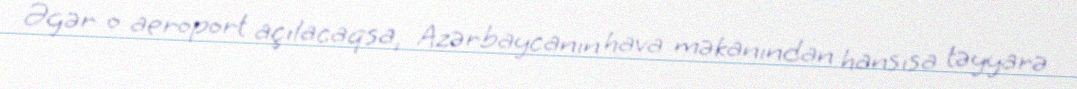
Əgər o aeroport açılacaqsa, Azərbaycanın hava məkanından hansısa təyyarə